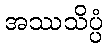
အဿသိပ္ပံ